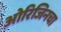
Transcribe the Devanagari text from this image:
ओरिजिनचा